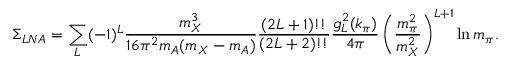
\Sigma _ { L N A } = \sum _ { L } ( - 1 ) ^ { L } { \frac { m _ { X } ^ { 3 } } { 1 6 \pi ^ { 2 } m _ { A } ( m _ { X } - m _ { A } ) } } { \frac { ( 2 L + 1 ) ! ! } { ( 2 L + 2 ) ! ! } } { \frac { g _ { L } ^ { 2 } ( k _ { \pi } ) } { 4 \pi } } \left( { \frac { m _ { \pi } ^ { 2 } } { m _ { X } ^ { 2 } } } \right) ^ { L + 1 } \ln m _ { \pi } .